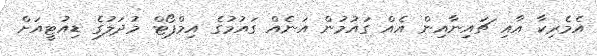
އެމެރިކާ އާއި ޗައިނާއިން އެއް ގައުމުން އަނެއް ގައުމުގެ އިމްޕޯޓް މުދަލުގެ ޑިއުޓީއަށް